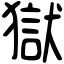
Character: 獄